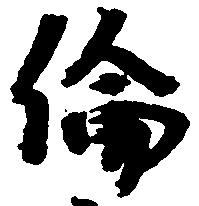
倫